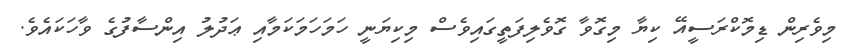
މިވެރިން ޑިމޮކްރަސީއޭ ކިޔާ މިގޮވާ ގޮވެލިފަތީގައިވެސް މިކިޔަނީ ހަމަހަމަކަމާއި ޢަދުލު އިންސާފުގެ ވާހަކައެވެ.